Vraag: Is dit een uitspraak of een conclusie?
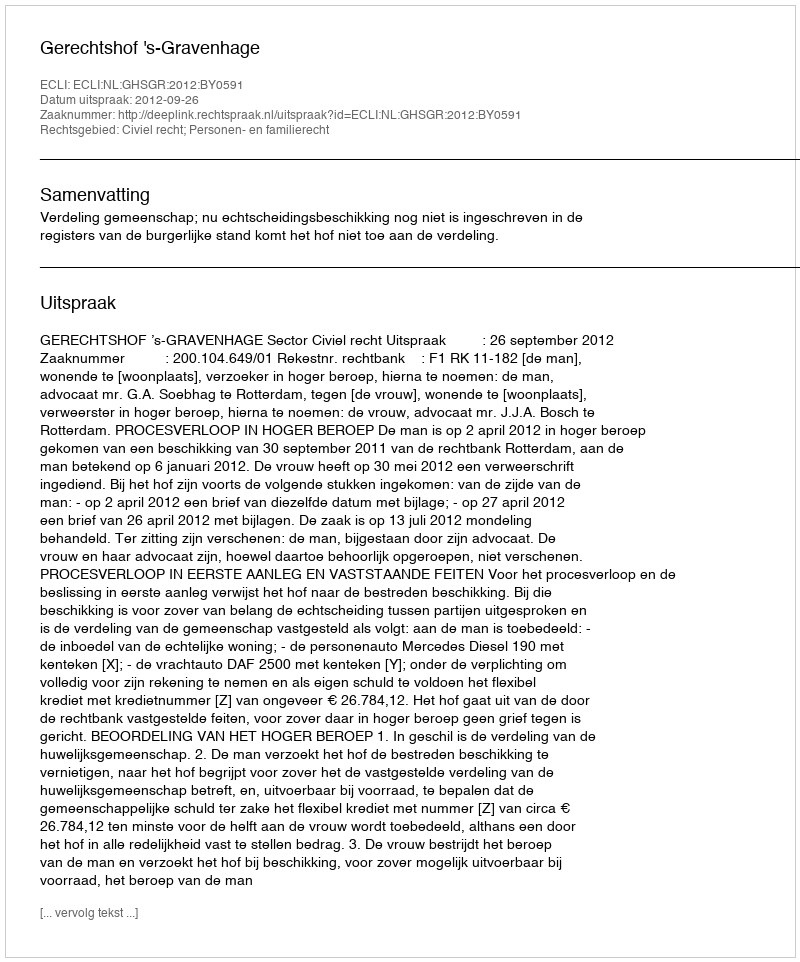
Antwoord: Uitspraak